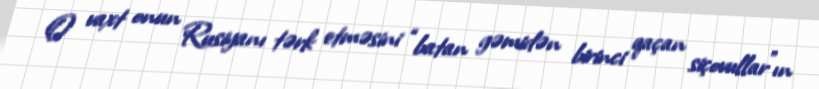
O vaxt onun Rusiyanı tərk etməsini “batan gəmidən birinci qaçan siçovullar”ın